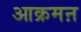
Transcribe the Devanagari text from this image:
आक्रमऩ